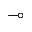
\multimap